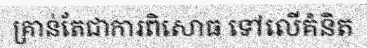
គ្រាន់តែជាការពិសោធ ទៅលើគំនិត